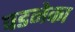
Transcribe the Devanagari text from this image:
पडनेका